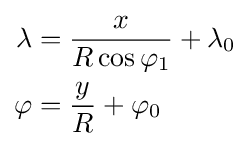
{\begin{aligned}\lambda &={\frac {x}{R\cos \varphi _{1}}}+\lambda _{0}\\\varphi &={\frac {y}{R}}+\varphi _{0}\end{aligned}}